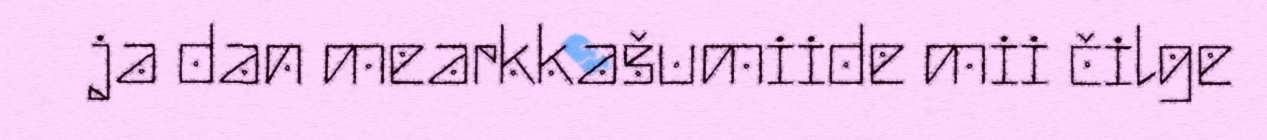
ja dan mearkkašumiide mii čilge